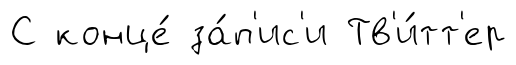
С конце́ за́п'ис'и Тв'и́тт'ер